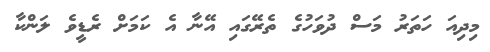
މިދިއަ ހަތަރު މަސް ދުވަހުގެ ތެރޭގައި އޭނާ އެ ކަމަށް ރެޑީވެ ލަންކާ